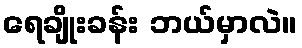
ရေချိုးခန်း ဘယ်မှာလဲ။